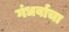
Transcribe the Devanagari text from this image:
गंधर्वाचा